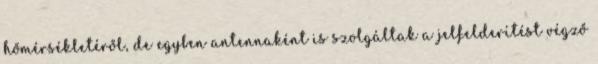
hőmérsékletéről, de egyben antennaként is szolgáltak a jelfelderítést végző